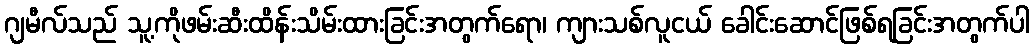
ဂျမီလ်သည် သူ့ကိုဖမ်းဆီးထိန်းသိမ်းထားခြင်းအတွက်ရော၊ ကျားသစ်လူငယ် ခေါင်းဆောင်ဖြစ်ရခြင်းအတွက်ပါ